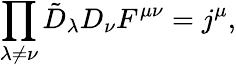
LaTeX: \prod_{\lambda\ne\nu}\tilde{D}_{\lambda}D_{\nu}F^{\mu\nu}=j^{\mu},